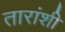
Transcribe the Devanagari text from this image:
तारांशी